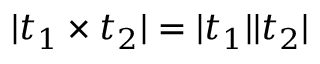
| t _ { 1 } \times t _ { 2 } | = | t _ { 1 } | | t _ { 2 } |